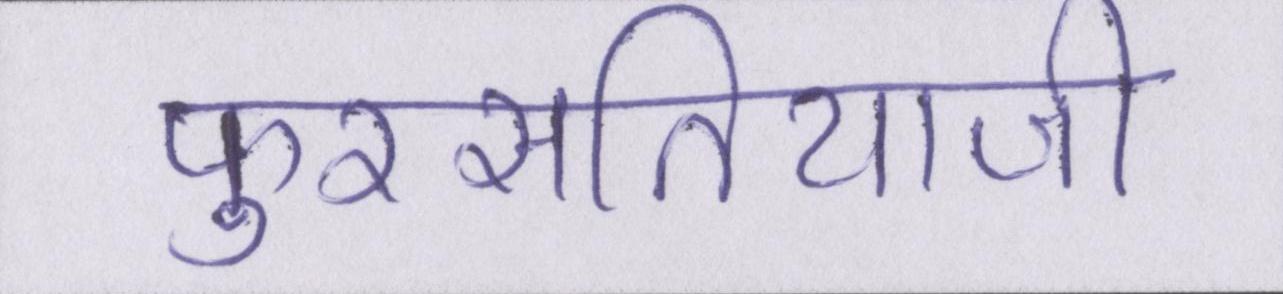
फुरसतियाजी